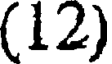
(12)